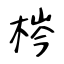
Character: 梣